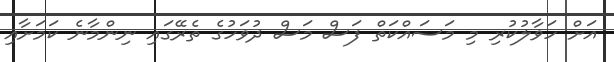
އަށް ހަވާލުކުރި މި މަސައްކަތް ފަސް މަސް ދުވަހުގެ ތެރޭގައި ނިންމާނެ ކަމަށާއި